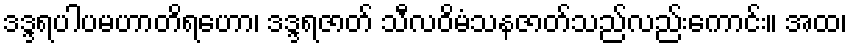
ဒဒ္ဒရပါပမဟာတိရဟော၊ ဒဒ္ဒရဇာတ် သီလဝိမံသနဇာတ်သည်လည်းကောင်း။ အထ၊